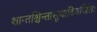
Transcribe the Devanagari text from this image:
शान्तश्चिन्तासूयादिवर्जितः